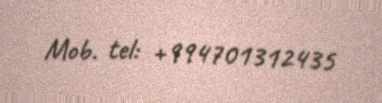
Mob. tel: +994701312435